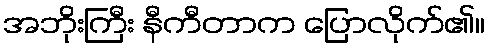
အဘိုးကြီး နီကီတာက ပြောလိုက်၏။